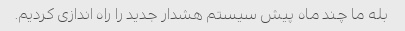
بله ما چند ماه پیش سیستم هشدار جدید را راه اندازی کردیم.